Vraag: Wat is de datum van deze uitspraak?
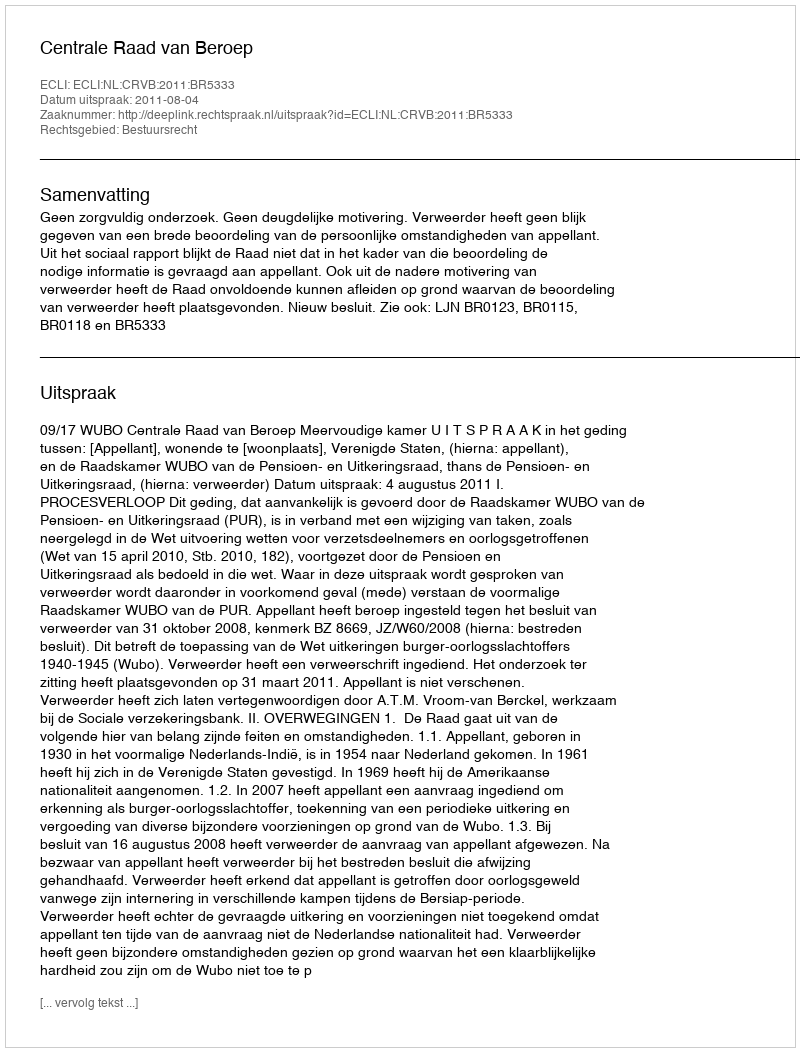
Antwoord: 2011-08-04